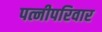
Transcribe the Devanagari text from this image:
पत्नीपरिवार